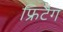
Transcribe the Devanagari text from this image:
फ्रिटैग